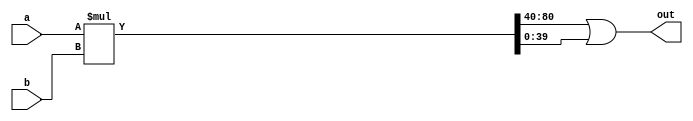
// This program was cloned from: https://github.com/lnis-uofu/OpenFPGA
// License: MIT License

module unsigned_mult_80 (out, a, b);
output [40:0] out;
wire [80:0] mult_wire;
	input  [40:0] a;
	input  [40:0] b;

	assign mult_wire = a * b;
    assign out = mult_wire[80:40] | mult_wire[39:0];

endmodule